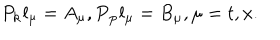
P _ { { \bf k } } l _ { \mu } = A _ { \mu } , P { \bf _ p } l _ { \mu } = B _ { \mu } , \mu = t , x .